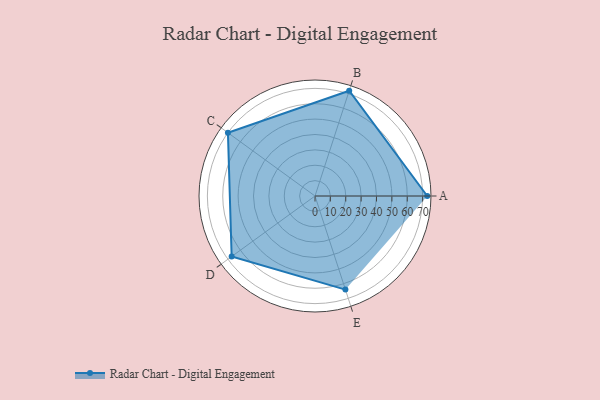
{"axis": {"x": "Skill", "y": "Score"}, "legend": ["Profile"], "data": [{"x": "A", "y": 73.0, "type": "Profile"}, {"x": "B", "y": 72.0, "type": "Profile"}, {"x": "C", "y": 70.0, "type": "Profile"}, {"x": "D", "y": 67.0, "type": "Profile"}, {"x": "E", "y": 64.0, "type": "Profile"}]}